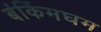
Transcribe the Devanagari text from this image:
बंकिंमघम